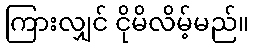
ကြားလျှင် ငိုမိလိမ့်မည်။